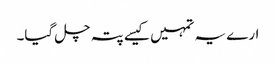
ارے یہ تمہیں کیسے پتہ چل گیا۔